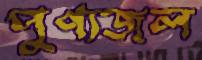
পুণ্যজল